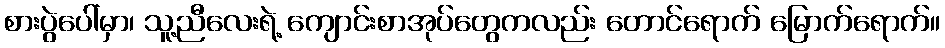
စားပွဲပေါ်မှာ၊ သူ့ညီလေးရဲ့ ကျောင်းစာအုပ်တွေကလည်း တောင်ရောက် မြောက်ရောက်။